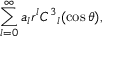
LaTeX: \sum _ { l = 0 } ^ { \infty } a _ { l } r ^ { l } C ^ { 3 } { } _ { l } ( \cos \theta ) ,